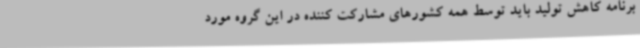
برنامه کاهش تولید باید توسط همه کشورهای مشارکت کننده در این گروه مورد